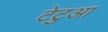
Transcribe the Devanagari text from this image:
टेटुआ